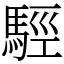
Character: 𩣪